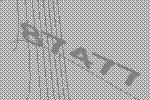
87477